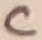
Text: C